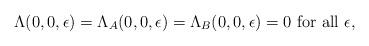
LaTeX: \begin{align*}\Lambda(0,0,\epsilon)=\Lambda_{A}(0,0,\epsilon)=\Lambda_{B}(0,0,\epsilon)=0 \textrm{ for all } \epsilon,\end{align*}